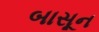
બાસૂન